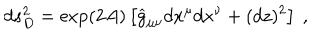
d s _ { D } ^ { 2 } = \exp ( 2 A ) \left[ { \widehat g } _ { \mu \nu } d x ^ { \mu } d x ^ { \nu } + ( d z ) ^ { 2 } \right] ~ ,